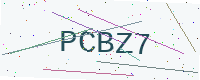
Text: PCBZ7